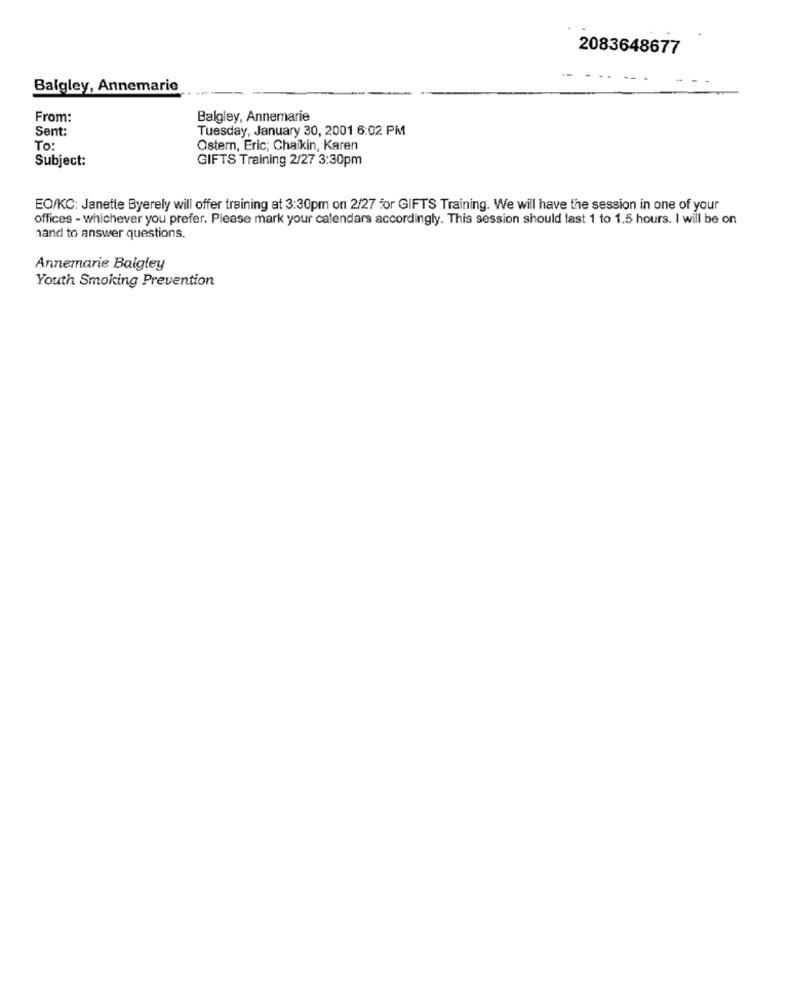
2083648677
Balgley, Annemarie
From:
Balgley, Annemarie
Sent:
Tuesday, January 30, 2001 6:02 PM
To:
Ostern, Eric; Chaikin, Karen
Subject:
GIFTS Training 2/27 3:30pm
EO/KC: Janette Byerely will offer training at 3:30pm on 2/27 for GIFTS Training. We will have the session in one of your
offices - whichever you prefer. Please mark your calendars accordingly. This session should last 1 to 1.5 hours. I will be on
hand to answer questions.
Annemarie Balgley
Youth Smoking Prevention